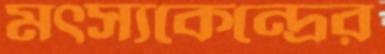
মত্স্যকেন্দ্রের